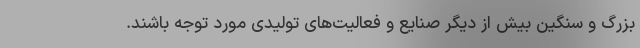
بزرگ و سنگین بیش از دیگر صنایع و فعالیت‌های تولیدی مورد توجه باشند.